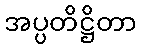
အပ္ပတိဋ္ဌိတာ